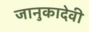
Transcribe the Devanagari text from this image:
जानुकादेवी